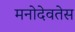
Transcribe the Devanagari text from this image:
मनोदेवतेस